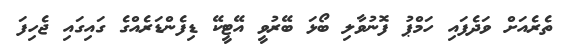
ތެރެއަށް ވަދެފައި ހަމްޕު ފޮނުވާލި ބޯޅަ ބޭރުވީ އޭޓީކޭ ޑިފެންޑަރެއްގެ ގައިގައި ޖެހިފަ